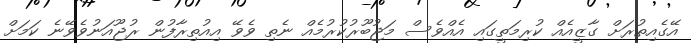
އޭގެއިތުރަށް ގާޒީއެއް ކުރިމަތީގައި އެއްވެސް މަޖުބޫރުކުރުމެއް ނެތި ވެވޭ އިއުތިރާފުން ރުޖޫއަނުވެވޭނެ ކަމަށް